Report of the Indian Hemp Drugs Commission, 1894-1895 - Volume II
Year: 1894
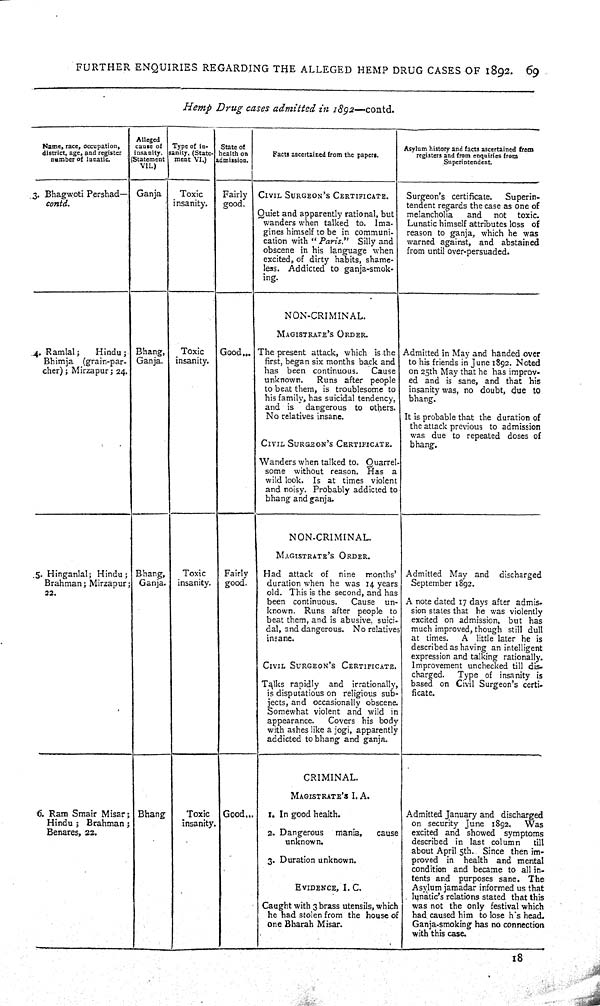
FURTHER ENQUIRIES REGARDING THE ALLEGED HEMP DRUG CASES OF 1892. 69
Hemp Drug cases admitted in 1892—contd.
Name, race, occupation,
district, age, and register
number of lunatic.
Alleged
cause of
insanity.
(Statement
VII.)
Type of in-
sanity. (State-
ment VI.)
State of
health on
admission.
Facts ascertained from the papers.
Asylum history and facts ascertained from
registers and from enquiries from
Superintendent.
3. Bhagwoti Pershad—
contd.
Ganja
Toxic
insanity.
Fairly
good.
CIVIL SURGEON'S CERTIFICATE.
Quiet and apparently rational, but
wanders when talked to. Ima.
gines himself to be in communi-
cation with "Paris."
Silly and
obscene in his language when
excited, of dirty habits, shame-
less. Addicted to ganja-smok-
ing.
Surgeon's certificate.
Superin-
tendent regards the case as one of
melancholia
and not toxic.
Lunatic himself attributes loss of
reason to ganja, which he was
warned against, and abstained
from until over-persuaded.
NON-CRIMINAL.
MAGISTRATE'S ORDER.
4. Ramlal;
Hindu;
Bhimja (grain-par-
cher); Mirzapur; 24.
Bhang,
Ganja.
Toxic
insanity.
Good
The present attack, which is the
first, began six months back and
has been continuous. Cause
unknown.
Runs after people
to beat them, is troublesome to
his family, has suicidal tendency,
and is dangerous to others.
No relatives insane.
CIVIL SURGEON'S CERTIFICATE.
Wanders when talked to. Quarrel-
some without reason. Has a
wild look. Is at times violent
and noisy. Probably addicted to
bhang and ganja.
Admitted in May and handed over
to his friends in June 1892. Noted
on 25th May that he has improv-
ed and is sane, and that his
insanity was, no doubt, due to
bhang.
It is probable that the duration of
the attack previous to admission
was due to repeated doses of
bhang.
NON-CRIMINAL.
MAGISTRATE'S ORDER.
5. Hinganlal; Hindu;
Brahman; Mirzapur;
22.
Bhang,
Ganja.
Toxic
insanity.
Fairly
good.
Had attack of nine months'
duration when he was 14 years
old. This is the second, and has
been continuous.
Cause un-
known. Runs after people to
beat them, and is abusive, suici-
dal, and dangerous. No relatives
insane.
CIVIL SURGEON'S CERTIFICATE.
Talks rapidly and irrationally,
is disputatious on religious sub-
jects, and occasionally obscene.
Somewhat violent and wild in
appearance.
Covers his body
with ashes like a jogi, apparently
addicted to bhang and ganja.
Admitted May and discharged
September 1892.
A note dated 17 days after admis-
sion states that he was violently
excited on admission, but has
much improved, though still dull
at times. A little later he is
described as having an intelligent
expression and talking rationally.
Improvement unchecked till dis-
charged. Type of insanity is
based on Civil Surgeon's certi-
ficate.
CRIMINAL.
MAGISTRATE'S I. A.
6. Ram Smair Misar;
Hindu; Brahman;
Benares, 22.
Bhang
Toxic
insanity.
Good
1. In good health.
2. Dangerous mania,
cause
unknown.
3. Duration unknown.
EVIDENCE, I. C.
Caught with 3 brass utensils, which
he had stolen from the house of
one Bharah Misar.
Admitted January and discharged
on security June 1892. Was
excited and showed symptoms
described in last column
till
about April 5th. Since then im-
proved in health and mental
condition and became to all in-
tents and purposes sane. The
Asylum jamadar informed us that
lunatic's relations stated that this
was not the only festival which
had. caused him to lose his head.
Ganja-smoking has no connection
with this case.
18